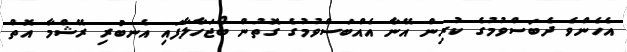
އެހެންވެ ދެބަސްވުމުގެ ކުރިން އޭނާ އެއްބަސްވުމުގެ ގޮތުން ބޯޖަހާލާފައި އެނބުރި ރޭޝްމާ އޮތް